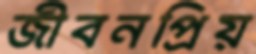
জীবনপ্রিয়